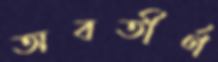
অবতীর্ণ